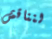
لنناقش